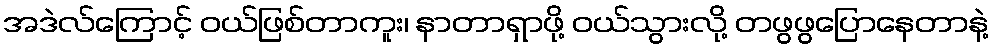
အဒဲလ်ကြောင့် ဝယ်ဖြစ်တာကူး၊ နာတာရှာဖို့ ဝယ်သွားလို့ တဖွဖွပြောနေတာနဲ့